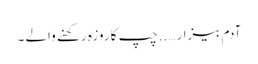
آدم بیزار …..چپ کا روزہ رکھنے والے ۔